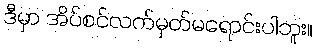
ဒီမှာ အိပ်စင်လက်မှတ်မရောင်းပါဘူး။